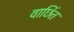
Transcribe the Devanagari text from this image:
वाछिंत